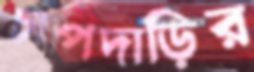
চাপদাড়ির